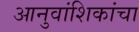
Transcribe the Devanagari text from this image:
आनुवांशिकांचा